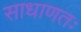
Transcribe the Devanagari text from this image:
साधाणतः